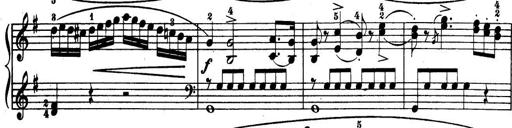
Title: 32 Sonatinas and Rondos for the Piano
Composer: Richard Kleinmichel